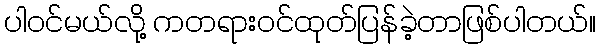
ပါဝင်မယ်လို့ ကတရားဝင်ထုတ်ပြန်ခဲ့တာဖြစ်ပါတယ်။